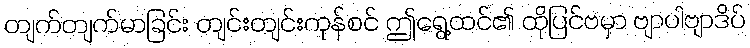
တျက်တျက်မာခြင်း တျင်းတျင်းကုန်စင် ဤရွေ့ထင်၏ ထိုပြင်ဗမှာ ဗျာပါဗျာဒိပ်